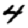
Digit: 4